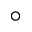
^ \circ